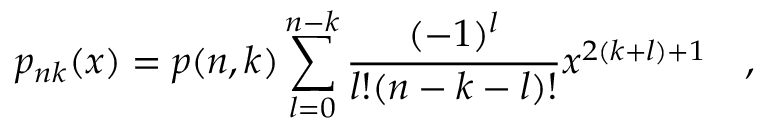
p _ { n k } ( x ) = p ( n , k ) \sum _ { l = 0 } ^ { n - k } \frac { ( - 1 ) ^ { l } } { l ! ( n - k - l ) ! } x ^ { 2 ( k + l ) + 1 } ~ ~ ~ ,